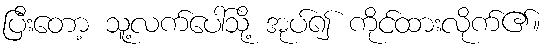
ပြီးတော့ သူ့လက်ပေါ်သို့ အုပ်၍ ကိုင်ထားလိုက်၏။